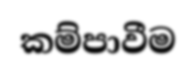
කම්පාවීම